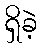
ရှိခဲ့